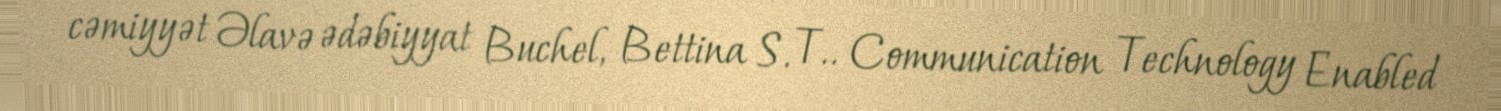
cəmiyyət Əlavə ədəbiyyat Buchel, Bettina S. T.. Communication Technology Enabled